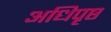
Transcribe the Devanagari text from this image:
अधिपृष्ठ